Civil Veterinary Department Bihar reports 1940-50 - 1940-1950
Year: 1940
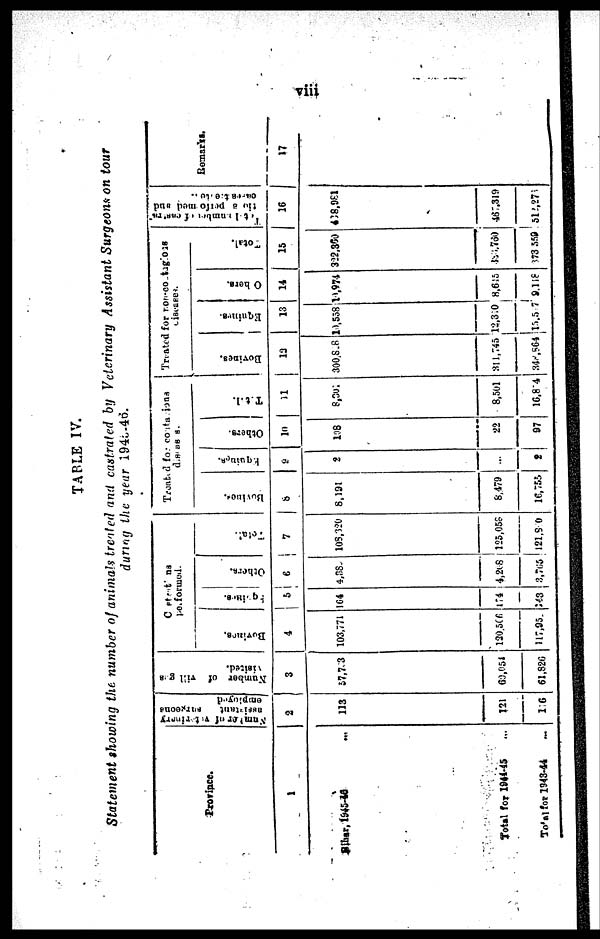
viii
TABLE IV.
Statement showing the number of animals treated and castrated by Veterinary Assistant Surgeons on tour
during the year 1945-46
Province.
1
Bihar, 1945-46 ...
Total for 1944-45 ...
Total for 1943-44 ...
Number of Veterinary
assistant
surzeons
2
113
121
1 6
Number of
villages
3
57,7 3
69,051
61,826
performed.
Bovines.
4
103,771
120,506
117,95
Equines.
5
164
174
143
Others.
6
4,38.
4,208
3,765
Total.
7
108,320
123,058
121,8 0
Treated for contagious
dieases.
Bovines.
8
8,191
8,479
16,755
Equines.
9
2
...
2
Others.
19
108
22
97
Total.
11
8,301
8,501
16,874
Treated for non-contagious
diseases.
Bovines.
12
300,8,8
311,745
348,864
Equines.
13
10,538
12,3 0
13,5 7
Others.
14
19,974
8,615
9,118
Total.
15
322,350
833,760
73 559
Total number of castra-
tion a performed and
castrsted
16
468,981
467,319
312,27
Remarks.
17